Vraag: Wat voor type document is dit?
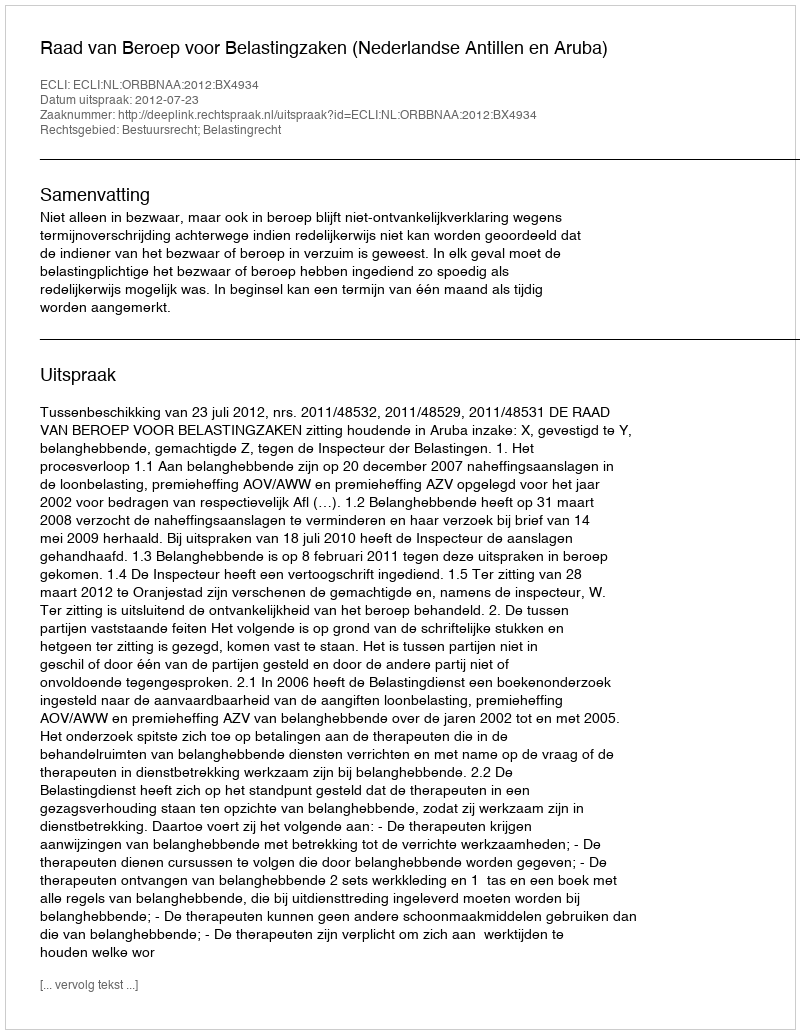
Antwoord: Uitspraak